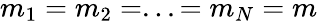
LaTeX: m_{1}=m_{2}=...=m_{N}=m